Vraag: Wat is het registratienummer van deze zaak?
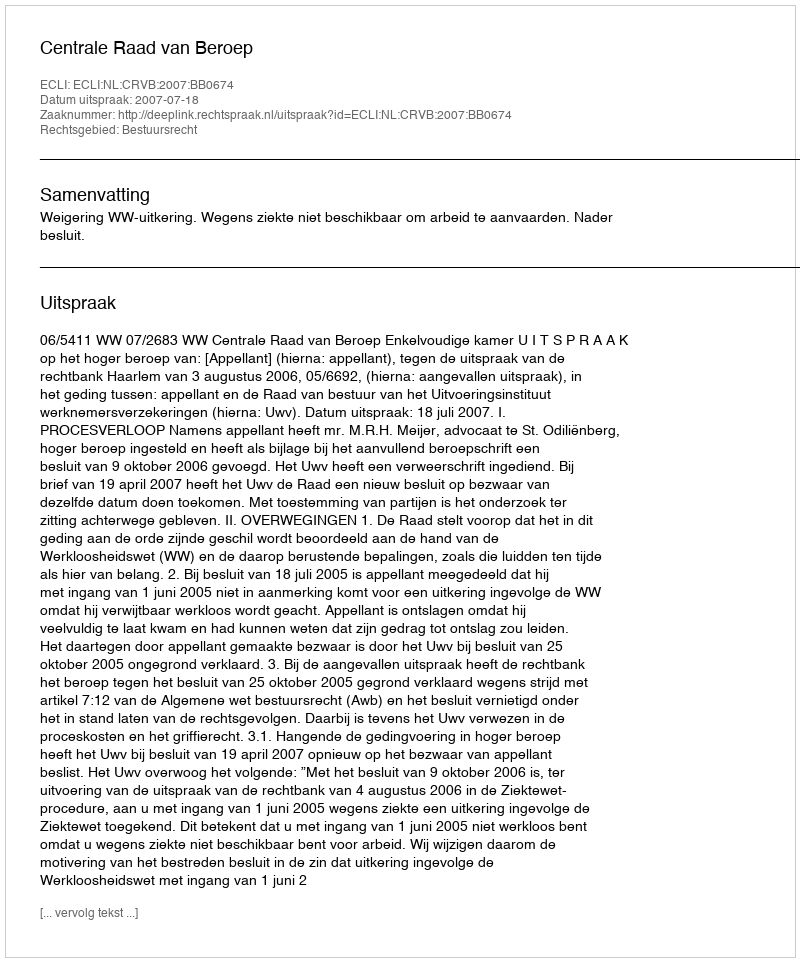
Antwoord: http://deeplink.rechtspraak.nl/uitspraak?id=ECLI:NL:CRVB:2007:BB0674